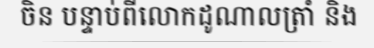
ចិន បន្ទាប់ពីលោកដូណាលត្រាំ និង